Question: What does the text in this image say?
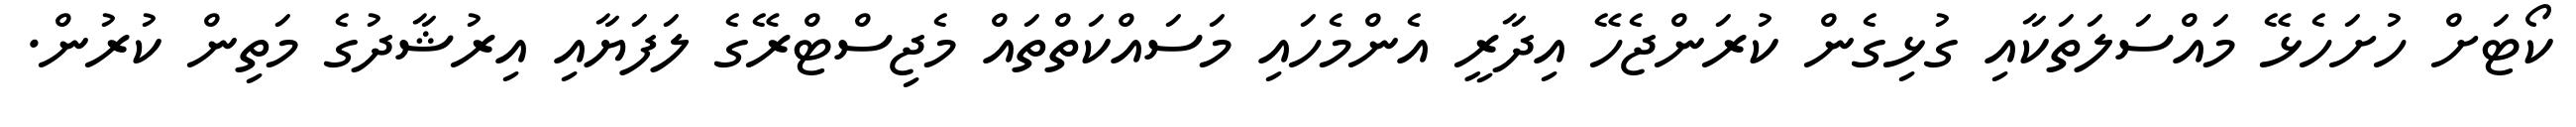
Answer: ކޯޓަށް ހުށަހެޅޭ މައްސަލަތަކާއި ގުޅިގެން ކުރަންޖެހޭ އިދާރީ އެންމެހައި މަސައްކަތްތައް މެޖިސްޓްރޭގެ ލަފަޔާއި އިރުޝާދުގެ މަތިން ކުރުން.